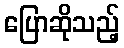
ပြောဆိုသည့်